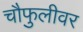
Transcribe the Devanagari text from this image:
चौफुलीवर